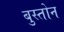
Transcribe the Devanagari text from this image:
बुस्तोन